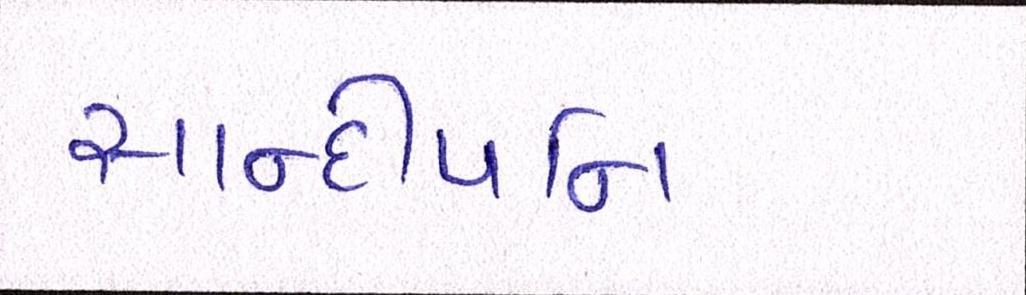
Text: સાન્દીપનિ